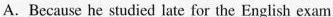
A. Because he studied late for the English exam.